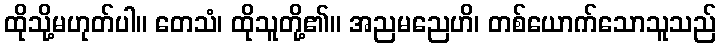
ထိုသို့မဟုတ်ပါ။ တေသံ၊ ထိုသူတို့၏။ အညမညေဟိ၊ တစ်ယောက်သောသူသည်